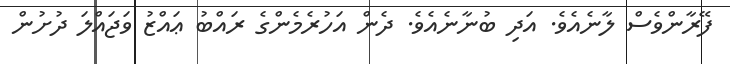
ފޭރާންވެސް ލާނެއެވެ. އަދި ބުނާނެއެވެ. ދެން އަހުރެމެންގެ ރައްބު ޢައްޒު ވަޖައްލަ ދުށުން